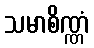
သမာစိဏ္ဏံ